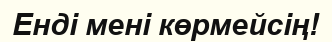
Енді мені көрмейсің!